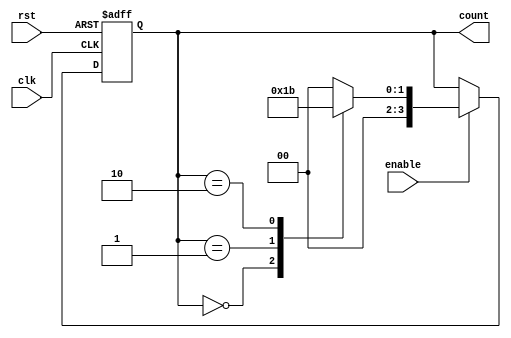
module synchronous_counter (
  input wire clk,
  input wire rst,
  input wire enable,
  output reg [3:0] count
);

reg [3:0] next_count;

always @(posedge clk or posedge rst) begin
  if (rst) begin
    count <= 4'b0000; // Initial value of the counter
  end else if (enable) begin
    count <= next_count;
  end
end

always @* begin
  case (count)
    4'b0000: next_count = 4'b0001;
    4'b0001: next_count = 4'b0010;
    4'b0010: next_count = 4'b0011;
    4'b0011: next_count = 4'b0000;
    default: next_count = 4'b0000;
  endcase
end

endmodule